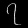
Digit: ၇